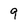
Character: 9